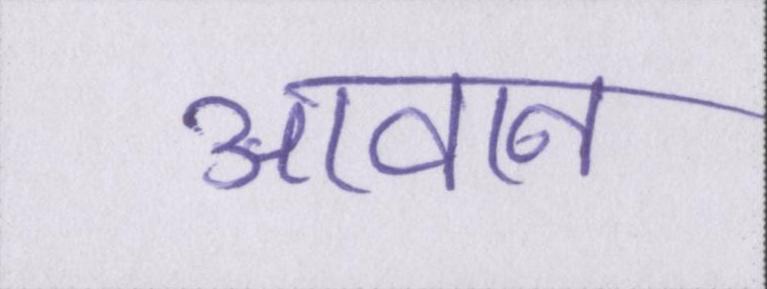
आवान